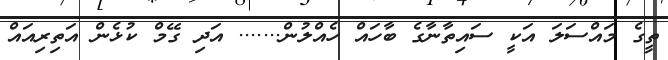
ތީގެ މައްސަލަ އަކީ ސައިތާނާގެ ބާހައް ހެއްލުން....... އަދި ގޭމް ކުޅެން އަތިރިއައް